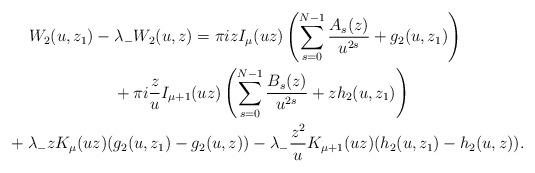
LaTeX: \begin{gather*} W_2(u,z_1)-\lambda_-W_2(u,z)=\pi i zI_\mu(uz)\left(\sum_{s=0}^{N-1}\frac{A_s(z)}{u^{2s}}+g_2(u,z_1)\right)\\\qquad{}+\pi i\frac{z}{u}I_{\mu+1}(uz) \left(\sum_{s=0}^{N-1}\frac{B_s(z)}{u^{2s}}+zh_2(u,z_1)\right)\\\qquad{}+\lambda_- zK_\mu(uz) (g_2(u,z_1)-g_2(u,z))-\lambda_-\frac{z^2}{u}K_{\mu+1}(uz)(h_2(u,z_1)-h_2(u,z)).\end{gather*}